Annual vaccination report of Bihar and Orissa - 1911-1928
Year: 1911
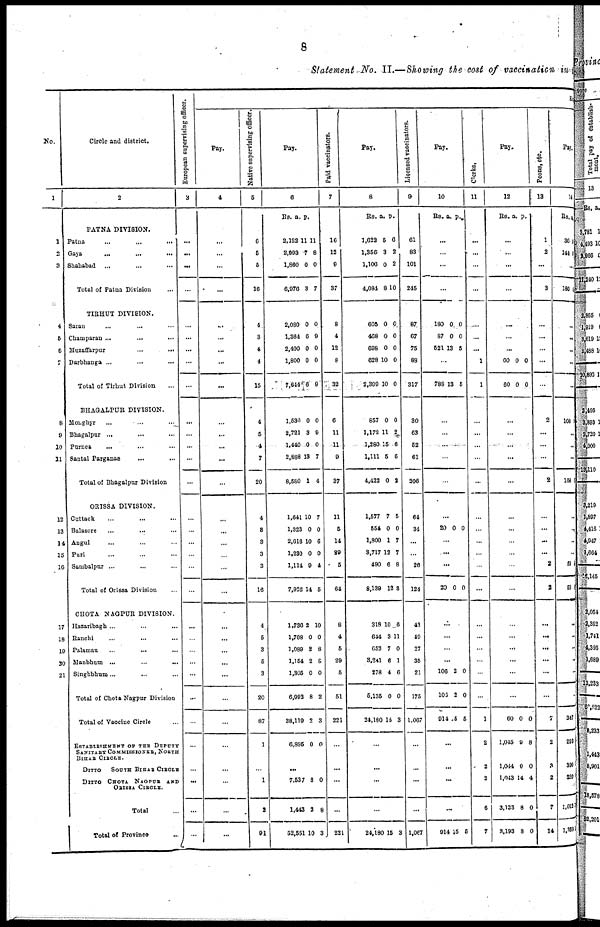
8
Statements No. II.—Showing the cost of vaccination in
No.
1
1
2
3
4
5
6
7
8
9
10
11
12
13
14
15
16
17
18
19
20
21
Circle and district.
2
PATNA DIVISION.
Patna
...
...
...
Gaya
...
...
...
Shahabad ... ... ...
Total of Patna Division ...
TIRHUT DIVISION.
Saran ... ... ...
Champaran ... ... ...
Muzaffarpur
...
...
Darbhanga ... ...
Total of Tirhut Division ...
BHAGALPUR DIVISION.
Monghyr ... ... ...
Bhagalpur ... ... ...
Purnea ... ... ...
Santal Parganas ... ...
Total of Bhagalpur Division
ORISSA DIVISION.
Cattack ... ... ...
Balasore
...
...
...
Angul ... ... ...
Puri ... ... ...
Sambalpur ... ... ...
Total of Orissa Division ...
CHOTA NAGPUR DIVISION.
Hazaribagh ... ... ...
Ranchi ... ... ...
Palamau ... ... ...
Manbhum
...
...
...
Singhbhum ... ... ...
Total of Chota Nagpur Division
Total of Vaccine Circle ...
ESTABLISHMENT OF THE DEPUTY
SANITARY COMMISSIONER, NORTH
BIHAR CIRCLE.
DITTO
SOUTH BIHAR CIRCLE
DITTO CHOTA NAGPUR AND
ORISSA CIRCLE.
Total ...
Total of Province
...
European supervising officer.
3
...
...
...
...
...
...
...
...
...
...
...
...
...
...
...
...
...
...
...
...
...
...
...
...
...
...
...
...
...
...
...
...
Ex
Pay.
4
...
...
...
...
...
...
...
...
...
...
...
...
...
...
...
...
...
...
...
...
...
...
...
...
...
...
...
...
...
...
...
...
Native supervising officer.
5
6
5
5
10
4
3
4
4
15
4
5
4
7
20
4
3
3
3
3
16
4
5
3
5
3
20
87
1
...
1
2
91
Pay.
6
Rs.
a.
p.
2,122
2,993
1,860
6,976
11
7
0
3
11
8
0
7
2,080
1,364
2,400
1,800
7,644
0
6
0
0
6
0
9
0
0
9
1,530
2,721
4,440
2,888
8,580
0
3
0
13
1
0
9
0
7
4
1,641
1,323
2,616
1,230
1,114
7,925
10
0
10
0
9
14
7
0
6
0
4
5
1,736
1,708
1,089
1,154
1,305
6,992
38,119
6,895
2
0
2
2
0
8
2
0
10
0
8
8
0
2
3
0
...
7,537
1,443
52,551
8
2
10
0
8
3
Paid vaccinators.
7
16
12
9
37
8
4
12
8
32
6
11
11
9
37
11
5
14
29
5
64
8
4
5
29
5
51
221
...
...
...
...
221
Pay.
8
Rs. a. p.
1,622
1,356
1,106
4,084
5
3
0
8
0
2
2
10
605
468
698
628
2,399
0
0
0
10
10
0
0
0
0
0
857
1,172
1,280
1,111
4,422
1,577
554
1,800
3,717
490
8,139
0
11
15
5
0
7
0
1
12
6
12
0
2
6
6
2
5
0
7
7
8
8
318
644
652
3,241
278
5,135
24,180
10
3
7
6
4
0
15
6
11
0
1
6
0
3
...
...
...
...
24,180 15 3
Licensed vaccinators.
9
61
83
101
245
87
67
75
88
317
30
63
52
61
206
64
34
...
...
26
124
43
40
27
35
21
175
1,067
...
...
...
...
1,067
Pay.
10
Rs. a. p.
...
...
...
...
180
87
521
0
0
13
0
0
5
...
788 13 5
...
...
...
...
...
...
20 0 0
...
...
...
20 0 0
...
...
...
...
106
106
914
2
2
5
0
0
5
...
...
...
...
914 15 5
Clerks.
11
...
...
...
...
...
...
...
1
1
...
...
...
...
...
...
...
...
...
...
...
...
...
...
...
...
...
1
2
2
2
6
7
Pay.
12
Rs. a. p.
...
...
...
...
...
...
...
60
60
0
0
0
0
...
...
...
...
...
...
...
...
...
...
...
...
...
...
...
...
...
60
1,045
1,044
1,043
3,133
3,193
0
9
0
14
8
8
0
8
0
4
0
0
Peons, etc.
13
1
2
...
3
...
...
...
...
...
2
...
...
...
2
...
...
...
...
2
2
...
...
...
...
...
...
7
2
3
2
7
14
Pay.
14
Rs. a.
36
144
4
6
...
180 0
...
...
...
...
...
108
...
...
...
108
...
...
...
...
59
59
...
...
...
...
...
...
347
291
399
320
1,012
1,359